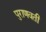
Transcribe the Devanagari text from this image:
पुराणवती